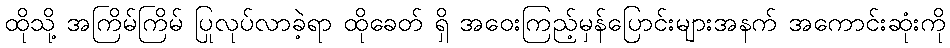
ထိုသို့ အကြိမ်ကြိမ် ပြုလုပ်လာခဲ့ရာ ထိုခေတ် ရှိ အဝေးကြည့်မှန်ပြောင်းများအနက် အကောင်းဆုံးကို